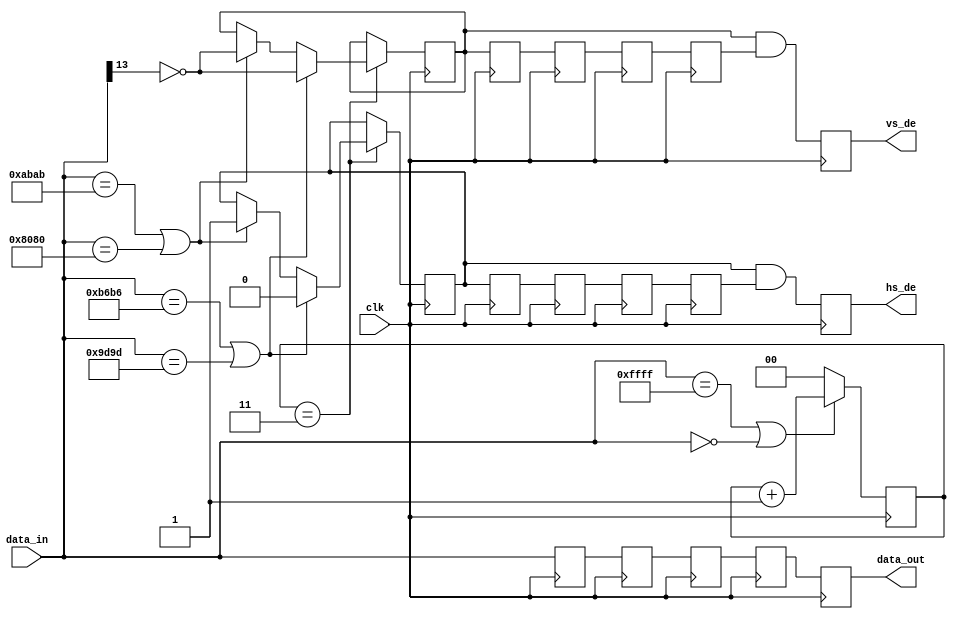
module embedded_sync_decoder(
	input clk,
	input [15:0] data_in,
	output reg hs_de,
	output reg vs_de,
	output reg [15:0] data_out
);
	reg [15:0] data_d = 'd0;
	reg hs_de_rcv_d = 'd0;
	reg vs_de_rcv_d = 'd0;
	reg [15:0] data_2d = 'd0;
	reg hs_de_rcv_2d = 'd0;
	reg vs_de_rcv_2d = 'd0;
	reg [15:0] data_3d = 'd0;
	reg hs_de_rcv_3d = 'd0;
	reg vs_de_rcv_3d = 'd0;
	reg [15:0] data_4d = 'd0;
	reg hs_de_rcv_4d = 'd0;
	reg vs_de_rcv_4d = 'd0;
	reg hs_de_rcv = 'd0;
	reg vs_de_rcv = 'd0;
	always @(posedge clk) begin
		data_d <= data_in;
		data_2d <= data_d;
		data_3d <= data_2d;
		data_4d <= data_3d;
		data_out <= data_4d;
		hs_de_rcv_d <= hs_de_rcv;
		vs_de_rcv_d <= vs_de_rcv;
		hs_de_rcv_2d <= hs_de_rcv_d;
		vs_de_rcv_2d <= vs_de_rcv_d;
		hs_de_rcv_3d <= hs_de_rcv_2d;
		vs_de_rcv_3d <= vs_de_rcv_2d;
		hs_de_rcv_4d <= hs_de_rcv_3d;
		vs_de_rcv_4d <= vs_de_rcv_3d;
		hs_de <= hs_de_rcv & hs_de_rcv_4d;
		vs_de <= vs_de_rcv & vs_de_rcv_4d;
	end
	reg [1:0] preamble_cnt = 'd0;
	always @(posedge clk) begin
		if ((data_in == 16'hffff) || (data_in == 16'h0000)) begin
			preamble_cnt <= preamble_cnt + 1'b1;
		end else begin
			preamble_cnt <= 'd0;
		end
		if (preamble_cnt == 3'h3) begin
			if ((data_in == 16'hb6b6) || (data_in == 16'h9d9d)) begin
				hs_de_rcv <= 1'b0;
				vs_de_rcv <= ~data_in[13];
			end else if ((data_in == 16'habab) || (data_in == 16'h8080)) begin
				hs_de_rcv <= 1'b1;
				vs_de_rcv <= ~data_in[13];
			end
		end
	end
endmodule